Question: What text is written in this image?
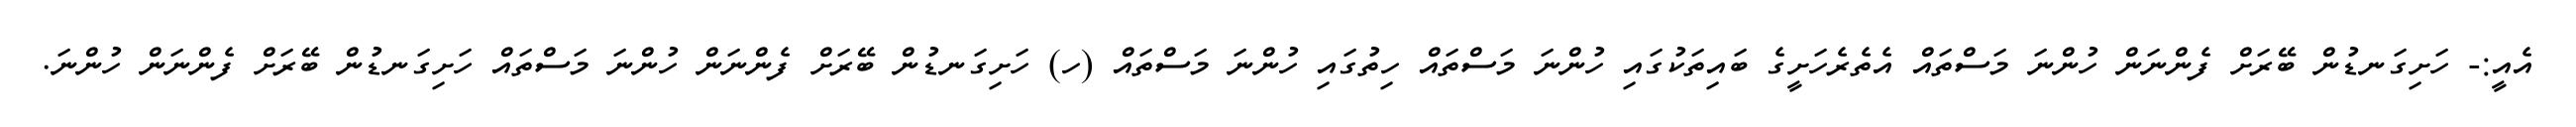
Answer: އެއީ:- ހަށިގަނޑުން ބޭރަށް ފެންނަން ހުންނަ މަސްތައް އެތެރެހަށީގެ ބައިތަކުގައި ހުންނަ މަސްތައް ހިތުގައި ހުންނަ މަސްތައް (ހ) ހަށިގަނޑުން ބޭރަށް ފެންނަން ހުންނަ މަސްތައް ހަށިގަނޑުން ބޭރަށް ފެންނަން ހުންނަ.